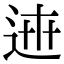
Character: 𨓄